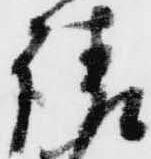
請